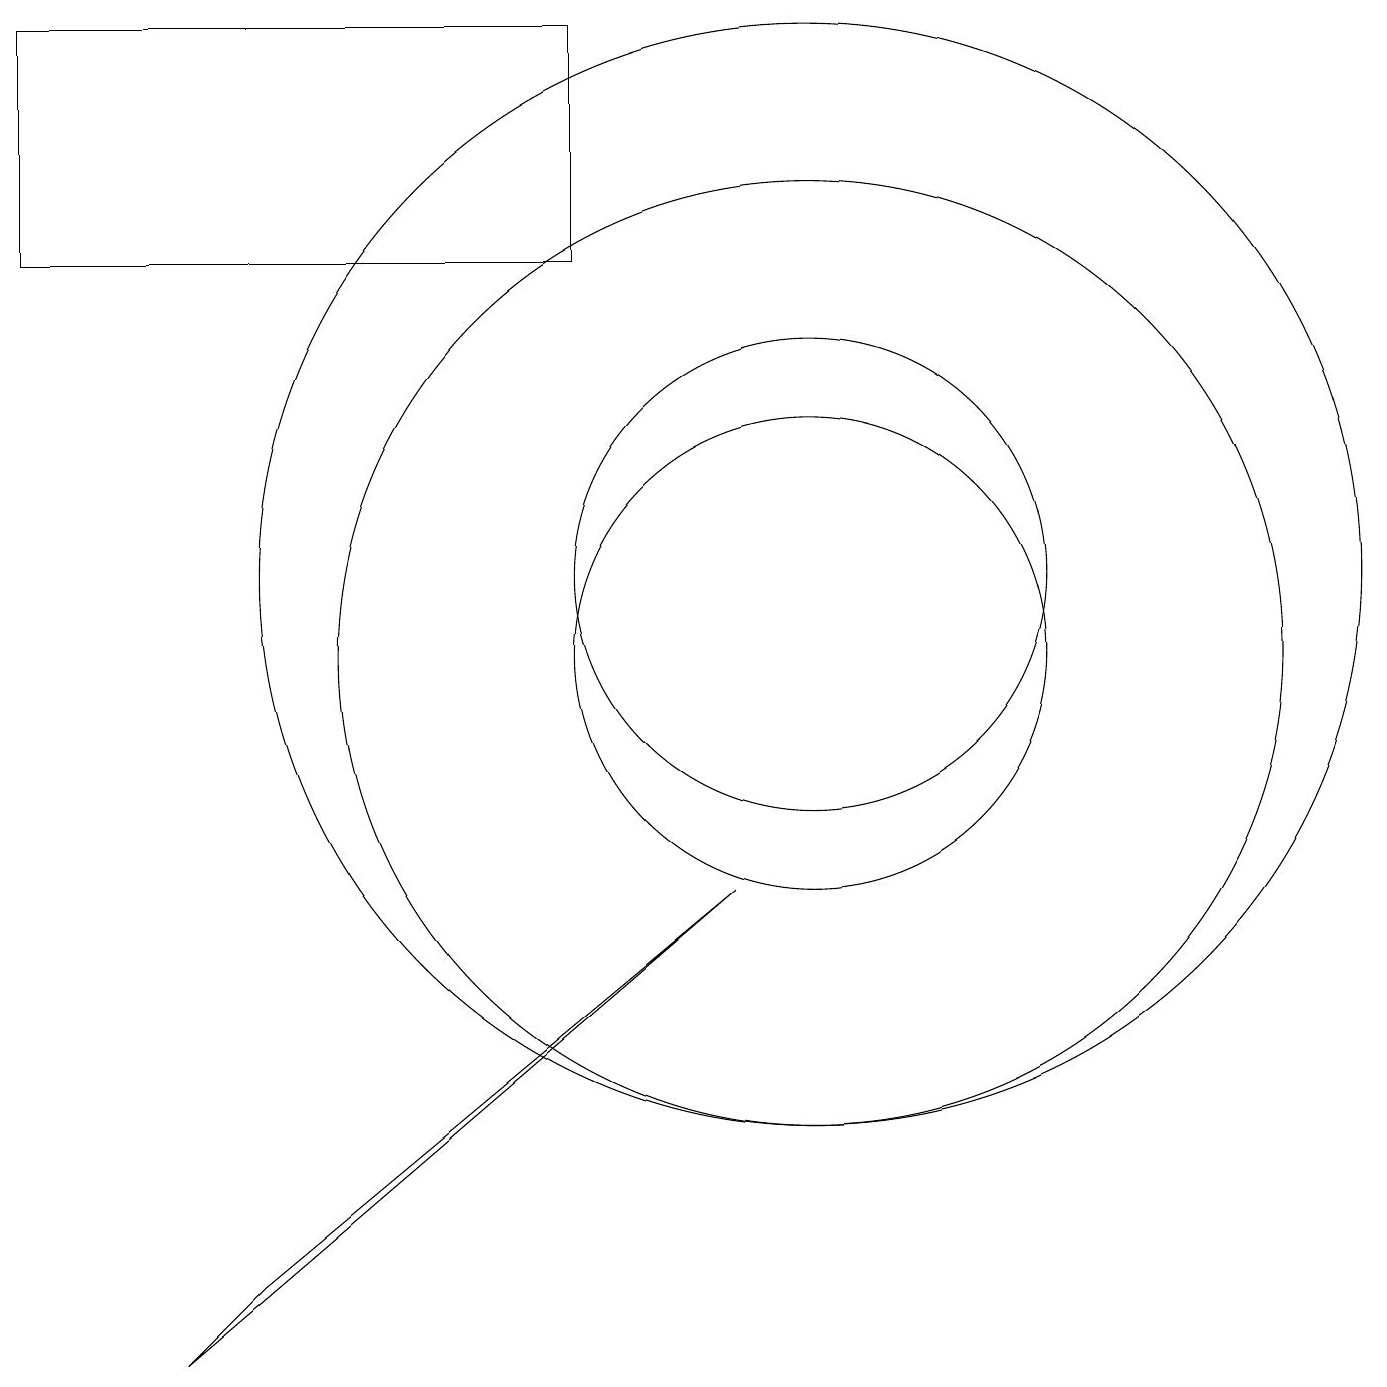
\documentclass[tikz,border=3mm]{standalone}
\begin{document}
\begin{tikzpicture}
\draw (10,12) circle (3);
\draw (9,8) -- (2,2) -- (3,3) -- cycle;
\draw (10,11) circle (3);
\draw (7,16) rectangle (0,19);
\draw (10,11) circle (6);
\draw (10,12) circle (7);
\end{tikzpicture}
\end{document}